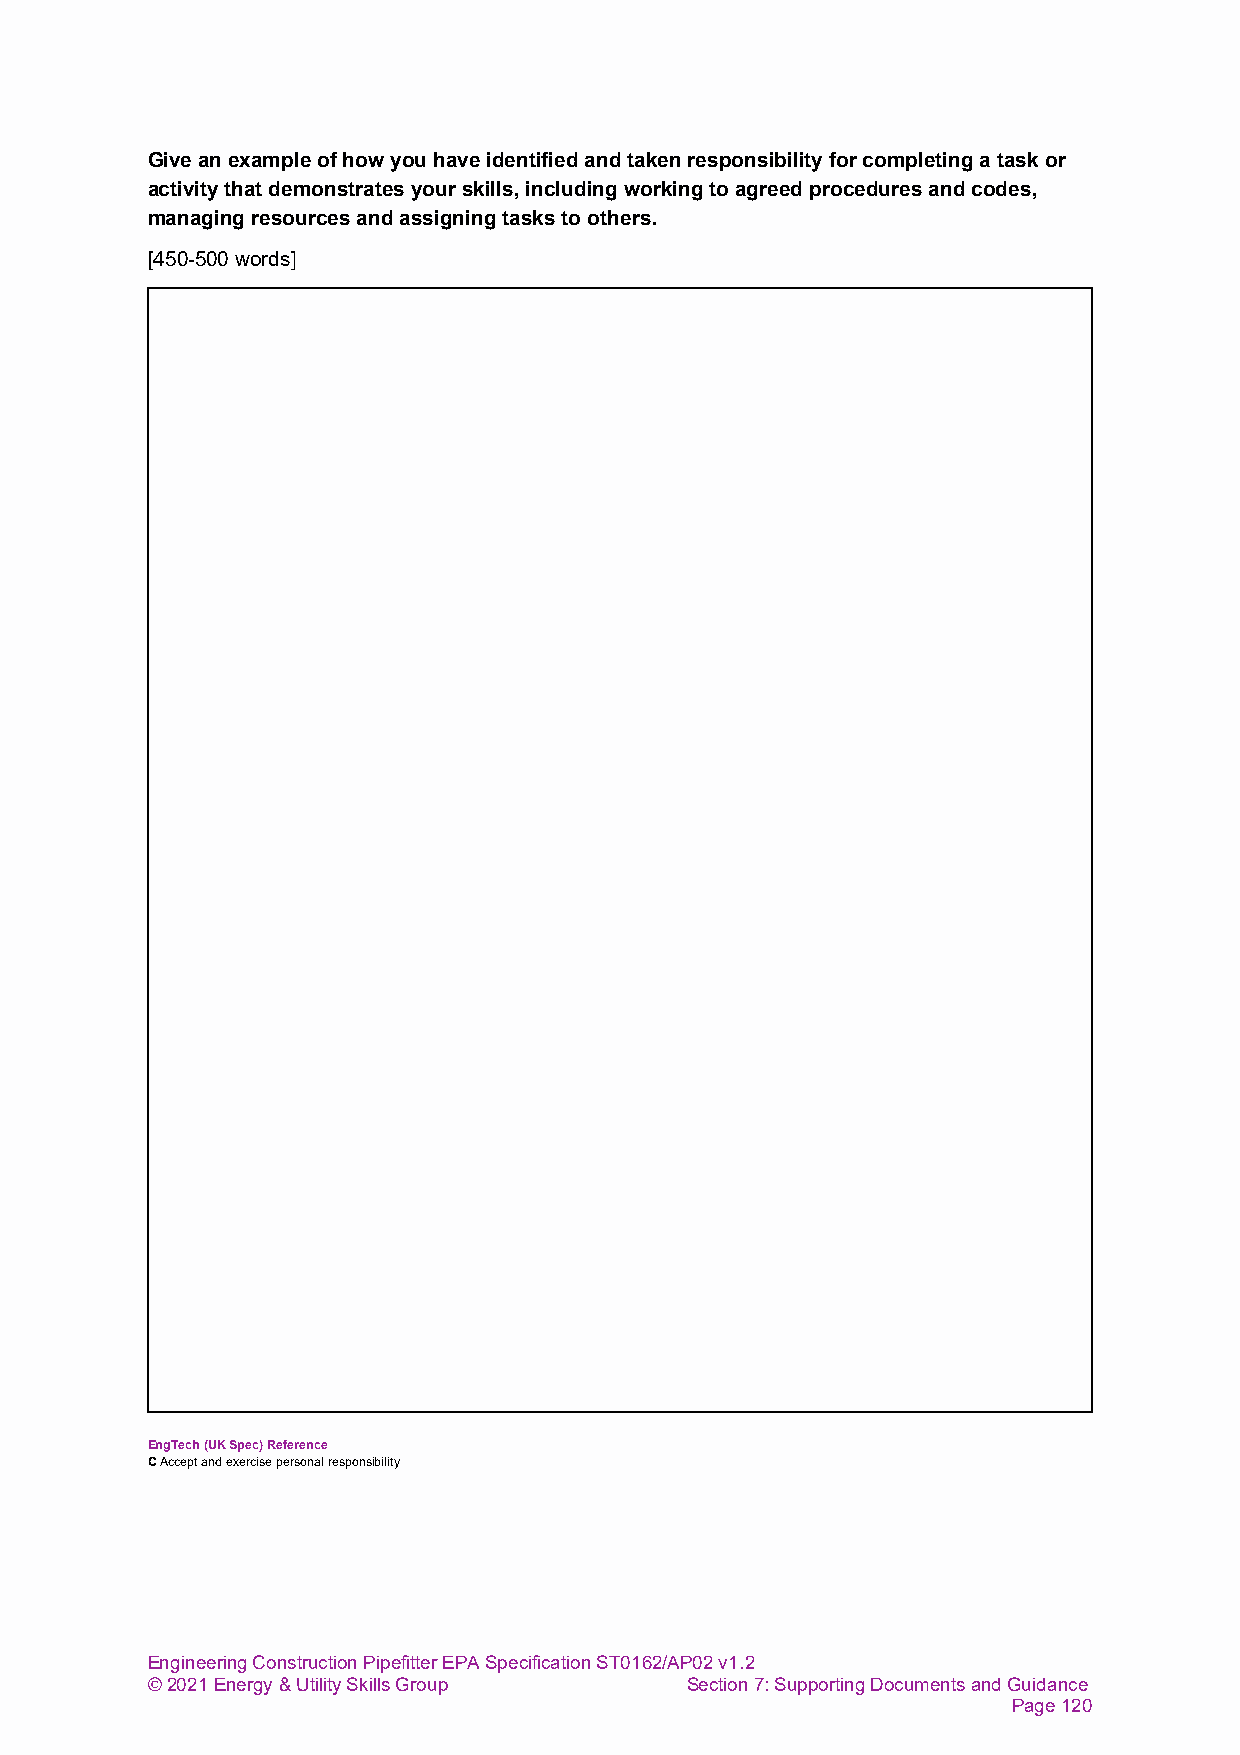
Give an example of how you have identified and taken responsibility for completing a task or
 activity that demonstrates your skills, including working to agreed procedures and codes,
 managing resources and assigning tasks to others.
 [450-500 words]
 EngTech (UK Spec) Reference
 C Accept and exercise personal responsibility
 Engineering Construction Pipefitter EPA Specification ST0162/AP02 v1.2
 © 2021 Energy & Utility Skills Group Section 7: Supporting Documents and Guidance
 Page 120